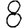
Digit: 8